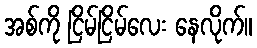
အစ်ကို ငြိမ်ငြိမ်လေး နေလိုက်။